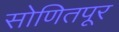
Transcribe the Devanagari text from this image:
सोणितपूर